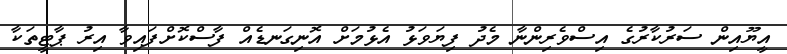
އީޔޫއިން ސަރުކާރުގެ އިސްވެރިންނާ މެދު ފިޔަވަޅު އެޅުމަށް އޮނިގަނޑެއް ފާސްކޮށްފައިވާ އިރު ޕާޓީތަކާ